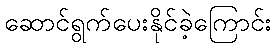
ဆောင်ရွက်ပေးနိုင်ခဲ့ကြောင်း